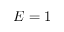
E = 1